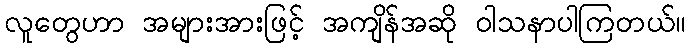
လူတွေဟာ အများအားဖြင့် အကျိန်အဆို ဝါသနာပါကြတယ်။